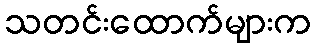
သတင်းထောက်များက